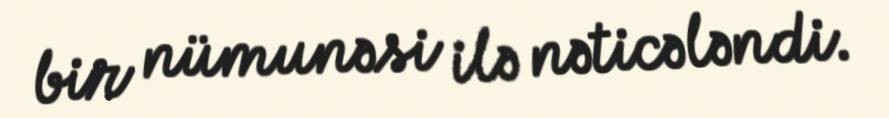
bir nümunəsi ilə nəticələndi.